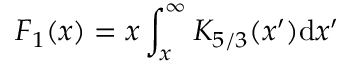
F _ { 1 } ( x ) = x \int _ { x } ^ { \infty } K _ { 5 / 3 } ( x ^ { \prime } ) \mathrm { d } x ^ { \prime }